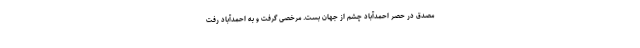
مصدق در حصر احمدآباد چشم از جهان بست. مرخصی گرفت و به احمدآباد رفت